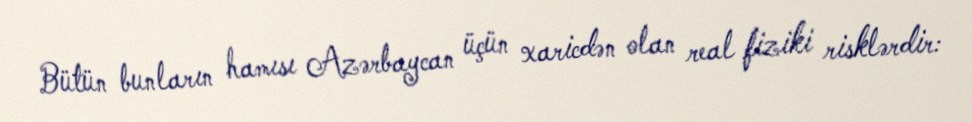
Bütün bunların hamısı Azərbaycan üçün xaricdən olan real fiziki risklərdir: